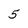
Character: 5